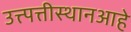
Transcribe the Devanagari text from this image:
उत्त्पत्तीस्थानआहे